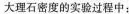
大理石密度的实验过程中：